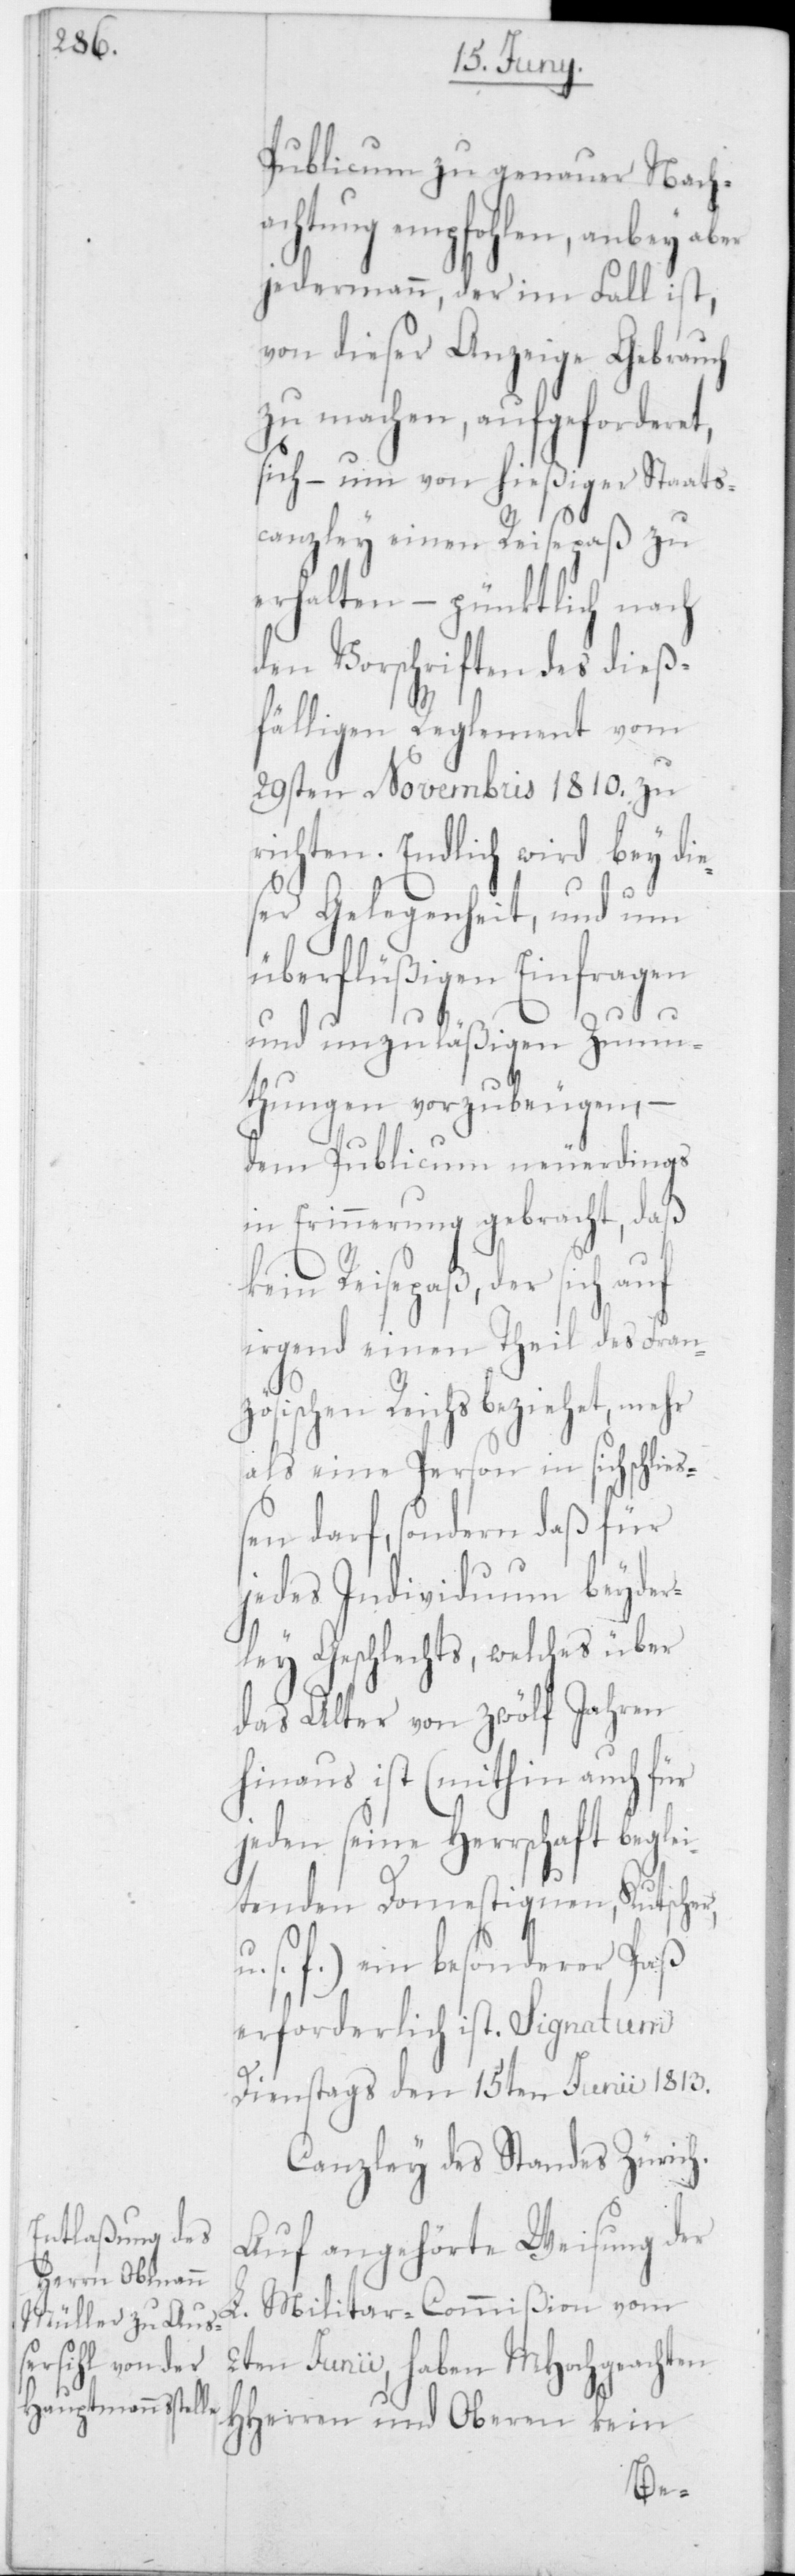
Publicum zu genauer Nach¬
achtung empfohlen, anbey aber
jedermann, der im Fall ist,
von dieser Anzeige Gebrauch
zu machen, aufgeforderet,
sich – um von hießiger Staats¬
canzley einen Reisepaß zu
erhalten – pünktlich nach
den Vorschriften des dieß¬
fälligen Reglement vom
29sten Novembris 1810 zu
richten. Endlich wird bey die¬
ser Gelegenheit, und um
überflüßigen Einfragen
st.
und unzulässigen Zumu¬
thungen vorzubeugen, –
dem Publicum neuerdings
in Erinnerung gebracht, daß k¬
erforderlich i¬
irgend einen Theil des Fran¬
zösischen Reichs beziehet, mehr
als eine Person in sich schli¬
ßen darf, sondern daß für
jedes Individuum beyder¬
ley Geschlechts, welches über
das Alter von zwölf Jahren
hinaus ist (mithin auch für
jeden seine Herrschaft begle¬
itenden Domestiquen, Kutscher,
s. f.) ein besonderer Paß
Dienstags den 15ten Junii 1813.
Canzley des Standes Zürich.
Auf angehörte Weisung der
L. Militar-Commißion vom
2ten Junii, haben MHochgeachten
HHerren und Oberen kein
e¬